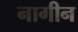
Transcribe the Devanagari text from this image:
नागीन